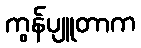
ကွန်ပျူတာက